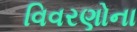
વિવરણોના